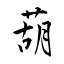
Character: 葫